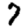
Digit: 7